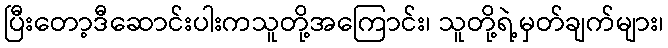
ပြီးတော့ဒီဆောင်းပါးကသူတို့အကြောင်း၊ သူတို့ရဲ့မှတ်ချက်များ၊